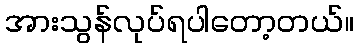
အားသွန်လုပ်ရပါတော့တယ်။